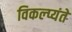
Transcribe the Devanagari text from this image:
विकल्प्यंते